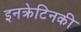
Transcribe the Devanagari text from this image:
इनक्रेटिनकी